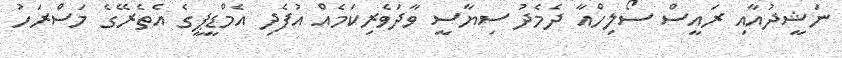
ނަޝީދުއާއި ރައީސް ސޯލިހްއާ ދެމެދު ސިޔާސީ ވާދަވެރިކަމެއް އުފެދި އެމްޑީޕީގެ އެތެރޭގެ މަސްރަހު